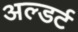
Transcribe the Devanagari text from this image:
अल्डर्ट